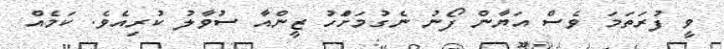
ވީ ފުރަތަމަ ވެސް އަޔާން ފޯނު ނެގުމަށްަހު ޒީންއާ ސުވާލު ކުރިއެވެ. ކަމެއްް